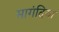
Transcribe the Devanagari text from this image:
मागंदिया